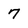
Character: 7